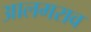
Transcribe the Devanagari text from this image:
आलमराव